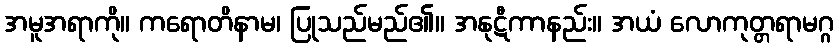
အမူအရာကို။ ကရောတိနာမ၊ ပြုသည်မည်၏။ အနုဋီကာနည်း။ အယံ လောကုတ္တရာမဂ္ဂ